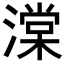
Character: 𬈷